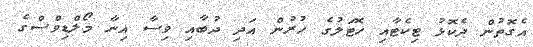
އެގޮތުން ދެކޮޅު ޓިކެޓާއި ހޮޓަލުގެ ހުރުން އަދި ދުބާއި ވިސާ އިނާ މޯލްޑިވްސްގެ